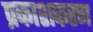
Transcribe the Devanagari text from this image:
प्रकाशकरण